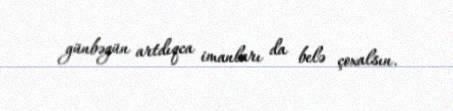
günbəgün artdıqca imanları da belə çoxalsın.